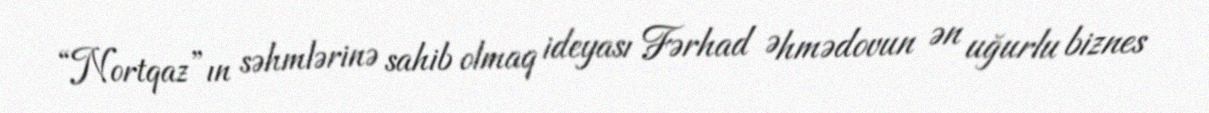
“Nortqaz”ın səhmlərinə sahib olmaq ideyası Fərhad Əhmədovun ən uğurlu biznes